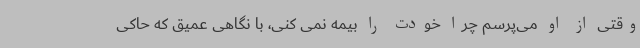
وقتی از او می‌پرسم چرا خودت را بیمه نمی کنی، با نگاهی عمیق که حاکی